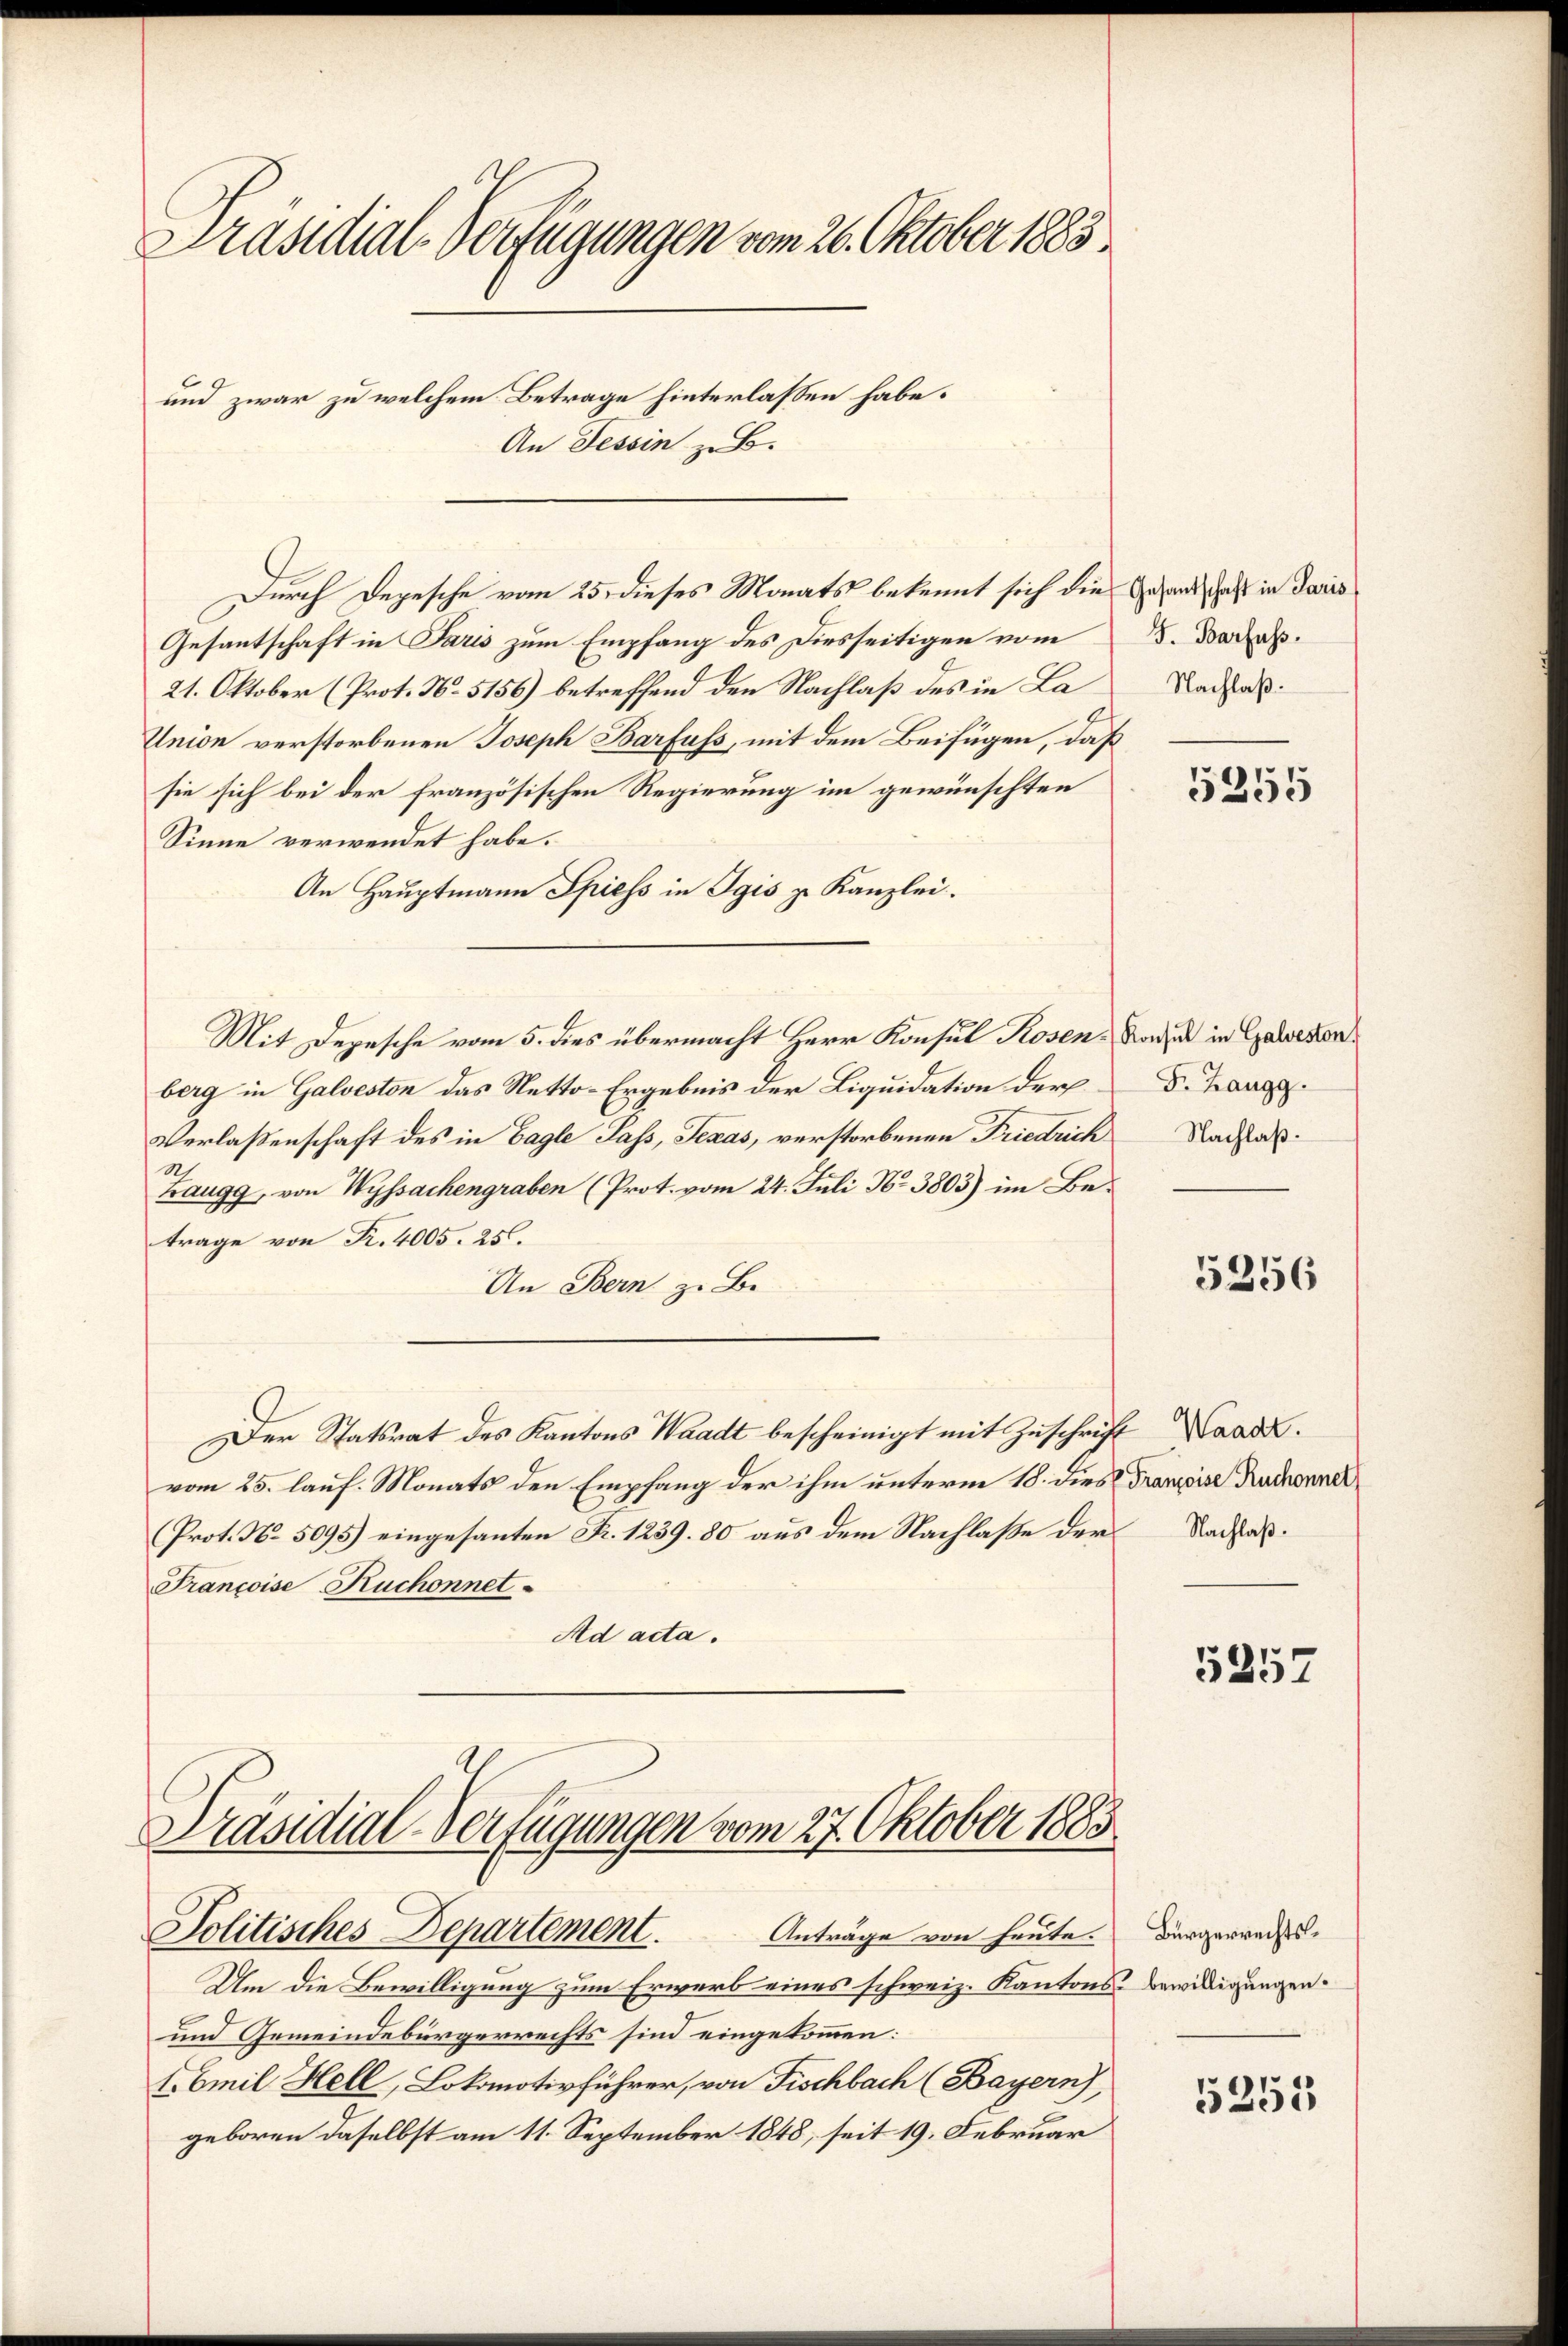
Präsidial-Verfügungen vom 26. Oktober 1883.
und zwar zu welchem Betrage hinterlassen habe.
An Tessin z. B.

Durch Depesche vom 25. dieses Monats bekannt sich die Gesand, daß in daris
Gesantschaft in Paris zum Empfang des Diesseitigen vom
21. Oktober (Prot. N. 5156) betreffend den Nachlaß des in La¬
Union verstorbenen Joseph Barfuss, mit dem Beifügen, daß
sie sich bei der französischen Regierung im gewünschten
Sinne verwendet habe.
An Hauptmann Spiess in Egis zu Kanzlei.
Mit Depesche vom 5. dies übermacht Herr Konsul Rosen, von in Gasseron
berg in Galveston das Netto-Ergebnis der Liquidation der
Verlaßenschaft des in Bagle Pass, Jenas, verstorbenen Friedrich Nachstal¬
N
Zaugg, von Wyssachengraben (Prot. vom 24. Juli No 3803) im Betrage von Fr. 4005. 256.
An Bern, z. B.
Der Statsrat des Kantons Waadt bescheinigt mit Zuschrift Waad
vom 25. lauf. Monats den Empfang der ihm unterm 18. dies Franzise Ruchonner
Prot. No. 5095) eingesanten Fr. 1239. 80 aus dem Nachlaße der Nachlaß¬
Francoise Ruchonnet
Ad acta.

Präsidial-Verfügungen vom 27. Oktober 1883
Politisches Departement. Anträge von heute.

Um die Bewilligung zum Erwarb eines schweiz. Kantons Bewilligungen.
und Gemeindebürgerrechts sind eingekommen:
V. Emil Hell, Lokomotivführer, von Fischbach (Bayern),
geboren daselbst am 11. September 1848, seit 19. Februar

J. Barfuss.
Nachlaß.

5255

F. Zangg.

5256

5257

Bürgerrechts¬

5253